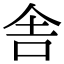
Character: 舎